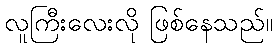
လူကြီးလေးလို ဖြစ်နေသည်။